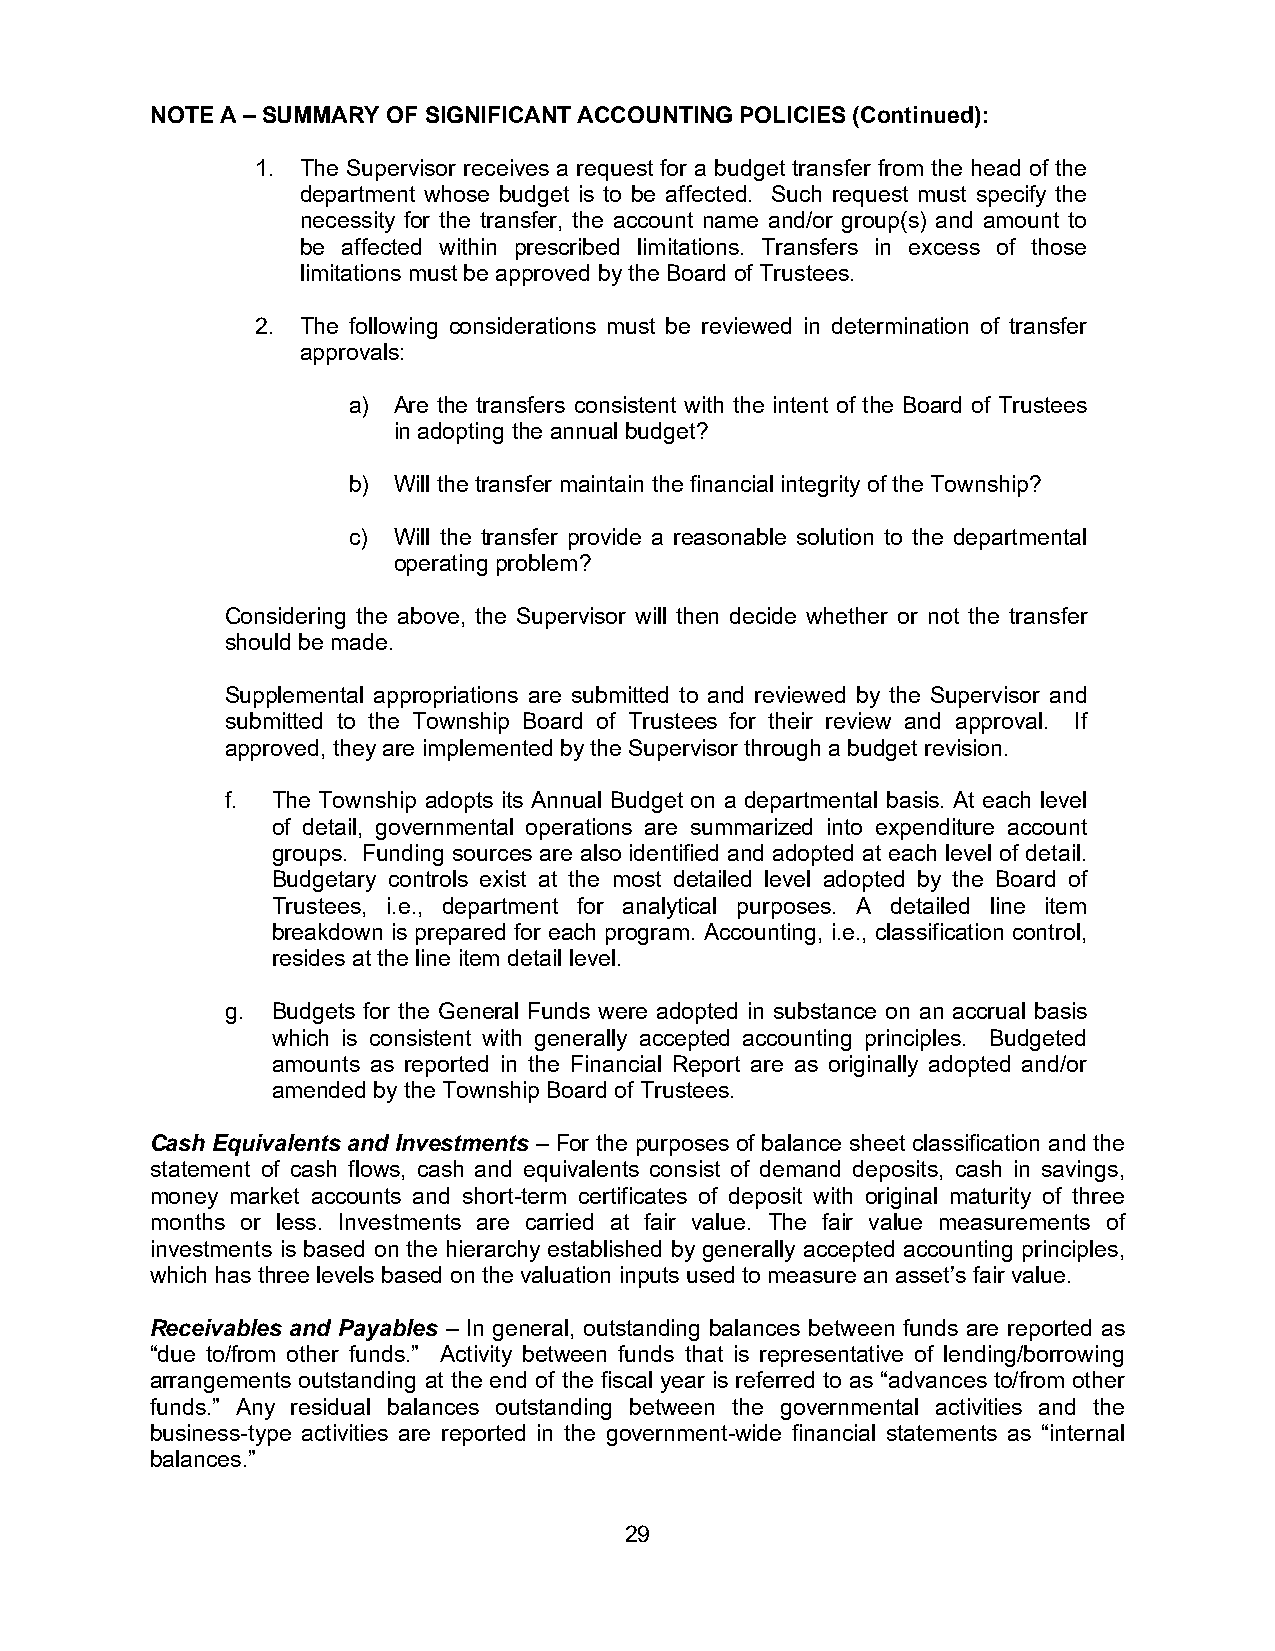
NOTE A – SUMMARY OF SIGNIFICANT ACCOUNTING POLICIES (Continued):
 1. The Supervisor receives a request for a budget transfer from the head of the
 department whose budget is to be affected. Such request must specify the
 necessity for the transfer, the account name and/or group(s) and amount to
 be affected within prescribed limitations. Transfers in excess of those
 limitations must be approved by the Board of Trustees.
 2. The following considerations must be reviewed in determination of transfer
 approvals:
 a) Are the transfers consistent with the intent of the Board of Trustees
 in adopting the annual budget?
 b) Will the transfer maintain the financial integrity of the Township?
 c) Will the transfer provide a reasonable solution to the departmental
 operating problem?
 Considering the above, the Supervisor will then decide whether or not the transfer
 should be made.
 Supplemental appropriations are submitted to and reviewed by the Supervisor and
 submitted to the Township Board of Trustees for their review and approval. If
 approved, they are implemented by the Supervisor through a budget revision.
 f. The Township adopts its Annual Budget on a departmental basis. At each level
 of detail, governmental operations are summarized into expenditure account
 groups. Funding sources are also identified and adopted at each level of detail.
 Budgetary controls exist at the most detailed level adopted by the Board of
 Trustees, i.e., department for analytical purposes. A detailed line item
 breakdown is prepared for each program. Accounting, i.e., classification control,
 resides at the line item detail level.
 g. Budgets for the General Funds were adopted in substance on an accrual basis
 which is consistent with generally accepted accounting principles. Budgeted
 amounts as reported in the Financial Report are as originally adopted and/or
 amended by the Township Board of Trustees.
 Cash Equivalents and Investments – For the purposes of balance sheet classification and the
 statement of cash flows, cash and equivalents consist of demand deposits, cash in savings,
 money market accounts and short-term certificates of deposit with original maturity of three
 months or less. Investments are carried at fair value. The fair value measurements of
 investments is based on the hierarchy established by generally accepted accounting principles,
 which has three levels based on the valuation inputs used to measure an asset’s fair value.
 Receivables and Payables – In general, outstanding balances between funds are reported as
 “due to/from other funds.” Activity between funds that is representative of lending/borrowing
 arrangements outstanding at the end of the fiscal year is referred to as “advances to/from other
 funds.” Any residual balances outstanding between the governmental activities and the
 business-type activities are reported in the government-wide financial statements as “internal
 balances.”
 29